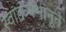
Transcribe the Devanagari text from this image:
स्वातंत्र्यभानूने